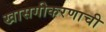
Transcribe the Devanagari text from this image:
खासगीकरणाची